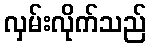
လှမ်းလိုက်သည်